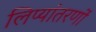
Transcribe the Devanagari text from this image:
लिप्यांतरणों